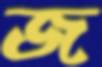
জ